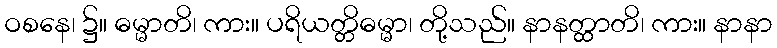
ဝစနေ၊ ၌။ ဓမ္မာတိ၊ ကား။ ပရိယတ္တိဓမ္မာ၊ တို့သည်။ နာနတ္ထာတိ၊ ကား။ နာနာ